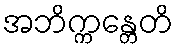
အဘိက္ကန္တေတိ